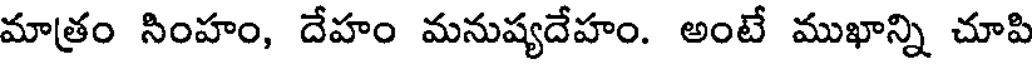
మాత్రం సింహం, దేహం మనుష్యదేహం. అంటే ముఖాన్ని చూపి